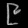
Digit: ၉